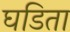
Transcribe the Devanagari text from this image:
घडिता